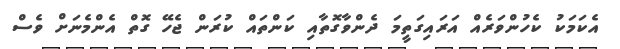
އެކަމަކު ކެހުންވަރެއް އަރައިގަތީމަ ދެންވާގޮތާއި ކަންތައް ކުރަން ޖެހޭ ގޮތް އެންމެނަށް ވެސް